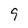
Character: 9